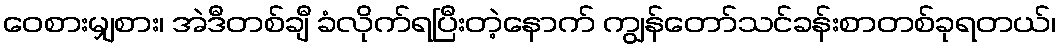
ဝေစားမျှစား၊ အဲဒီတစ်ချီ ခံလိုက်ရပြီးတဲ့နောက် ကျွန်တော်သင်ခန်းစာတစ်ခုရတယ်၊